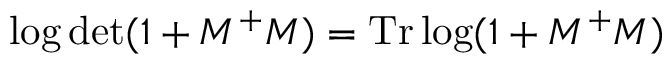
\log \mathrm { d e t } ( 1 + { \cal { M } } ^ { + } { \cal { M } } ) = \mathrm { T r } \log ( 1 + { \cal { M } } ^ { + } { \cal { M } } )